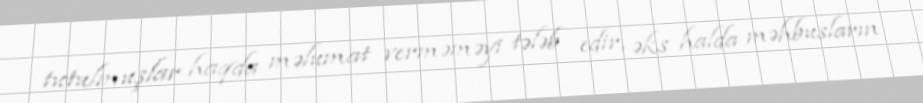
tutulmuşlar haqda məlumat verməməyi tələb edir, əks halda məhbusların